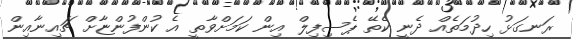
ރަނގަޅު ހިދުމަތެއް ދެނީ ކެތޭ ޕެސިފިލް އިން ކަމަށްވާތީ އެ ކުންފުންޏާށް ޗައިނާއިން